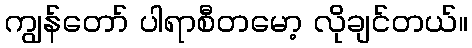
ကျွန်တော် ပါရာစီတမော့ လိုချင်တယ်။